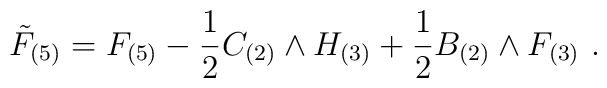
{\tilde F}_{(5)} = F_{(5)} - {1\over 2} C_{(2)}\wedge H_{(3)} + {1\over 2}B_{(2)}\wedge F_{(3)}\ .